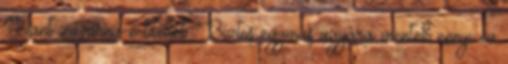
Dant zavarna-e titeket. Biztos egymás agyára mentek ennyi év